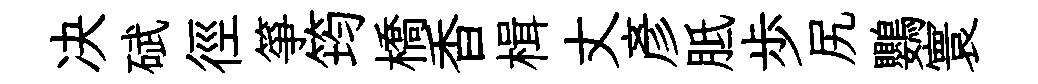
决碔徑箏筠橋香楫丈彥胝歩尻鸚寰